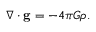
\nabla \cdot \mathbf { g } = - 4 \pi G \rho .